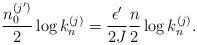
LaTeX: \begin{align*} \frac{n_0^{(j')}}{2} \log k_n^{(j)} = \frac{\epsilon' }{2 J} \frac{n}{2} \log k_n^{(j)} .\end{align*}